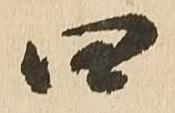
四